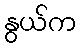
နွယ်က